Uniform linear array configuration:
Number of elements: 16
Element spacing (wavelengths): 0.25
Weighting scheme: uniform
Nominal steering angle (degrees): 15
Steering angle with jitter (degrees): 14.195
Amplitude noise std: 0.05
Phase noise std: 0.05

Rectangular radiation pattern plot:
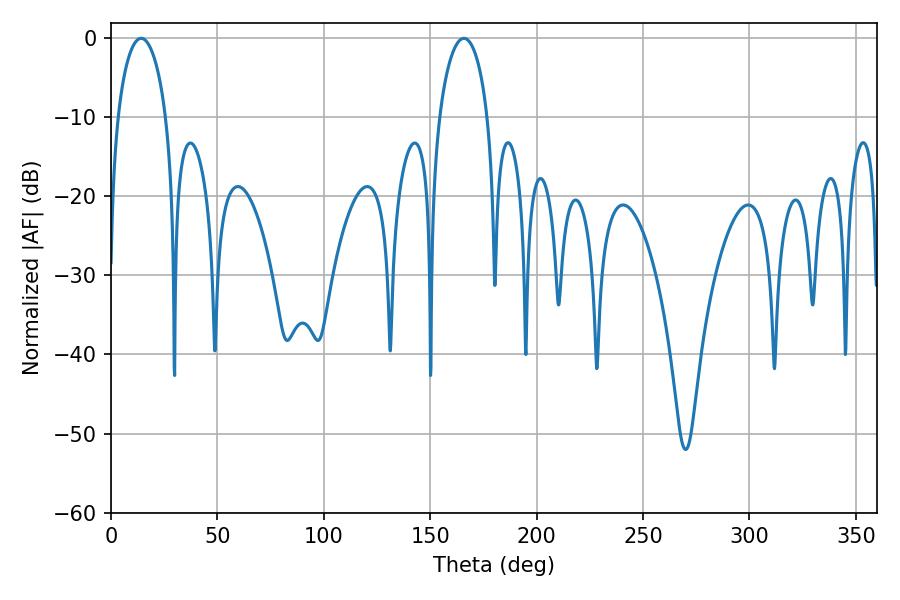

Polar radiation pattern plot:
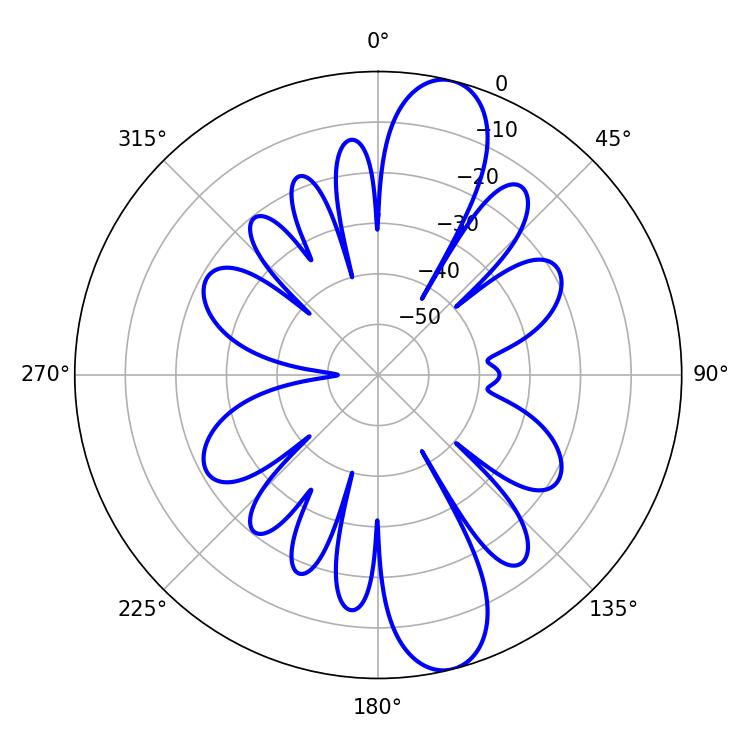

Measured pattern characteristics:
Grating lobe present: FALSE
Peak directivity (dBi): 12.113
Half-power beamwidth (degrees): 13.14
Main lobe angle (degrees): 14.22